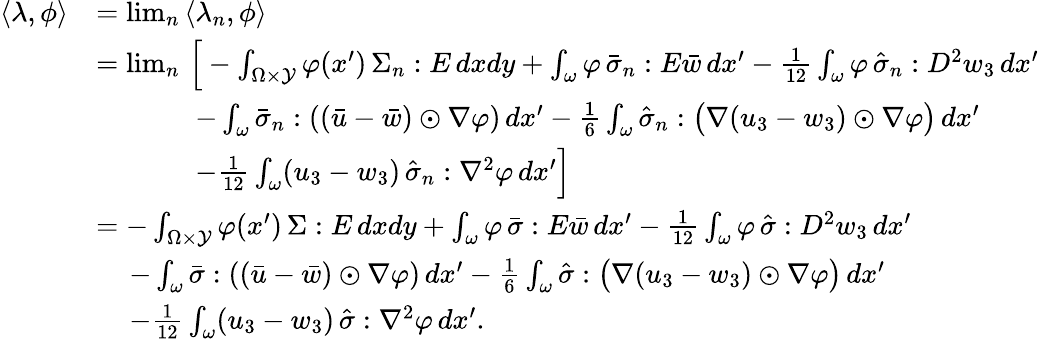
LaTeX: \begin{array}{rl}{\langle\lambda,\phi\rangle}&{=\operatorname*{lim}_{n}\, \langle\lambda_{n},\phi\rangle}\\ &{=\operatorname*{lim}_{n}\, \Big[-\int_{\Omega\times\mathcal{Y}}\varphi(x^{\prime})\, \Sigma_{n}:E\, dxdy+\int_{\omega}\varphi\, \bar{\sigma}_{n}:E\bar{w}\, dx^{\prime}-\frac{1}{12}\int_{\omega}\varphi\, \hat{\sigma}_{n}:D^{2}w_{3}\, dx^{\prime}}\\ &{\, \quad\, \quad\, \quad-\int_{\omega}\bar{\sigma}_{n}:\left((\bar{u}-\bar{w})\odot\nabla\varphi\right)\, dx^{\prime}-\frac{1}{6}\int_{\omega}\hat{\sigma}_{n}:\big(\nabla(u_{3}-w_{3})\odot\nabla\varphi\big)\, dx^{\prime}}\\ &{\, \quad\, \quad\, \quad-\frac{1}{12}\int_{\omega}(u_{3}-w_{3})\, \hat{\sigma}_{n}:\nabla^{2}\varphi\, dx^{\prime}\Big]}\\ &{=-\int_{\Omega\times\mathcal{Y}}\varphi(x^{\prime})\, \Sigma:E\, dxdy+\int_{\omega}\varphi\, \bar{\sigma}:E\bar{w}\, dx^{\prime}-\frac{1}{12}\int_{\omega}\varphi\, \hat{\sigma}:D^{2}w_{3}\, dx^{\prime}}\\ &{\, \quad-\int_{\omega}\bar{\sigma}:\left((\bar{u}-\bar{w})\odot\nabla\varphi\right)\, dx^{\prime}-\frac{1}{6}\int_{\omega}\hat{\sigma}:\big(\nabla(u_{3}-w_{3})\odot\nabla\varphi\big)\, dx^{\prime}}\\ &{\, \quad-\frac{1}{12}\int_{\omega}(u_{3}-w_{3})\, \hat{\sigma}:\nabla^{2}\varphi\, dx^{\prime}.}\end{array}